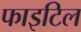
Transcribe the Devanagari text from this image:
फाइटिल